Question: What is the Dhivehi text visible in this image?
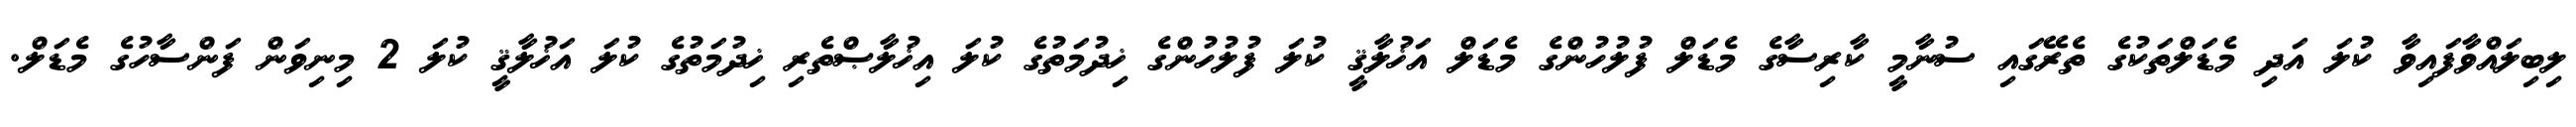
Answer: ލިބިލައްވާފައިވާ ކުލަ އަދި މެޑަލްތަކުގެ ތެރޭގައި ސުނާމީ ކާރިސާގެ މެޑަލް ފުލުހުންގެ މެޑަލް އަޚުލާޤީ ކުލަ ފުލުހުންގެ ޚިދުމަތުގެ ކުލަ އިޚުލާޞްތެރި ޚިދުމަތުގެ ކުލަ އަޚުލާޤީ ކުލަ 2 މިނިވަން ފަންސާހުގެ މެޑަލް.